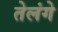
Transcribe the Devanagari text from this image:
तेलंगे